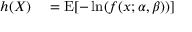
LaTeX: \begin{array} { r l } { h ( X ) } & { { } = \operatorname { E } [ - \ln ( f ( x ; \alpha , \beta ) ) ] } \end{array}